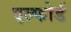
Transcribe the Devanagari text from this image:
एल्फोर्ड